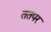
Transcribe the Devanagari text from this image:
ततपर